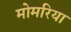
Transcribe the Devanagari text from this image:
मोमरिया